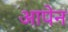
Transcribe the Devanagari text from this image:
आपेन